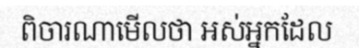
ពិចារណាមើលថា អស់អ្នកដែល